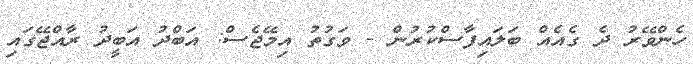
ހެންވޭރު ދެ ގެއެއް ބަލައިފާސްކުރުން - ވަގުތު އިމޭޖެސް: އަބްދު އަބީދު ރާއްޖޭގައި